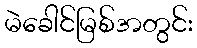
မဲခေါင်မြစ်အတွင်း